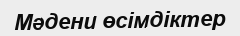
Мәдени өсімдіктер